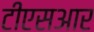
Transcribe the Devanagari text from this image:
टीएसआर